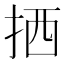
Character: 拪